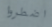
اضطروا